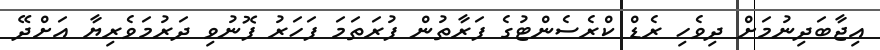
އިޖާބަދިނުމަށް ދިވެހި ރެޑް ކްރެސެންޓުގެ ފަރާތުން ފުރަތަމަ ފަހަރު ފޮނުވި ދަރުމަވެރިޔާ އަށްދޭ